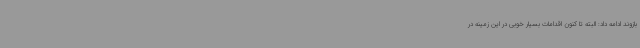
بازوند ادامه داد: البته تا کنون اقدامات بسیار خوبی در این زمینه در